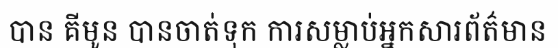
បាន គីមូន បានចាត់ទុក ការសម្លាប់អ្នកសារព័ត៌មាន